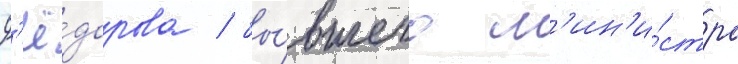
Ф'ё́дорова / бы́вшего м'ин'и́стра